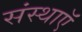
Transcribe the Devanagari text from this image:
संस्थाऍं